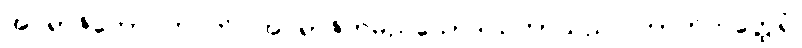
အပရာဇိတောဂဟပတိ၊ အပရာဇိတမည်သောဒါယကာသည်။ ဘာတိကတ္ထေရံ၊